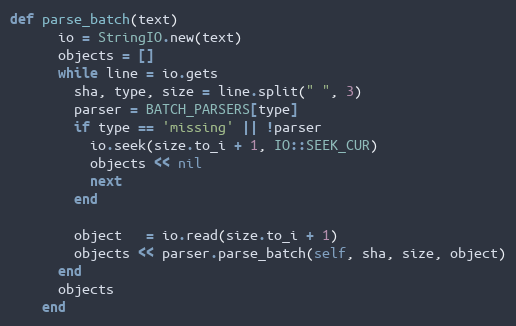
Language: Ruby
def parse_batch(text)
      io = StringIO.new(text)
      objects = []
      while line = io.gets
        sha, type, size = line.split(" ", 3)
        parser = BATCH_PARSERS[type]
        if type == 'missing' || !parser
          io.seek(size.to_i + 1, IO::SEEK_CUR)
          objects << nil
          next
        end

        object   = io.read(size.to_i + 1)
        objects << parser.parse_batch(self, sha, size, object)
      end
      objects
    end